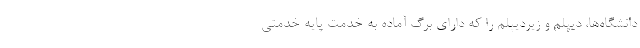
دانشگاه‌ها، دیپلم و زیردیپلم را که دارای برگ آماده به خدمت پایه خدمتی